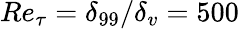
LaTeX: Re_{\tau}=\delta_{99}/\delta_{v}=500